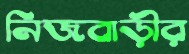
নিজবাড়ীর